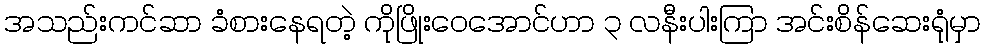
အသည်းကင်ဆာ ခံစားနေရတဲ့ ကိုဖြိုးဝေအောင်ဟာ ၃ လနီးပါးကြာ အင်းစိန်ဆေးရုံမှာ